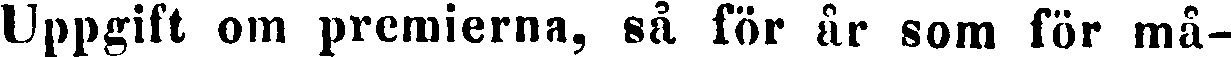
Uppgift om premierna, så för år som för må-